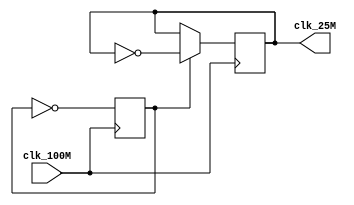

module clock_100to25(
    input clk_100M,
    output reg clk_25M = 0
    );
	reg count_bit = 0;
	always @(posedge clk_100M)
	begin
		count_bit = ~ count_bit;
		if (~count_bit)
			clk_25M = ~clk_25M;
	end
	
	

endmodule